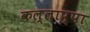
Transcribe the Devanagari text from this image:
कल्लाप्पा